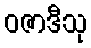
ဝဇာဒီသု